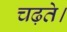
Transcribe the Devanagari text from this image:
चढ़ते।